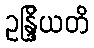
ဥန္ဒြိယတိ